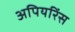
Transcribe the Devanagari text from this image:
अपियरिंस